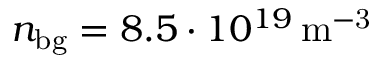
n _ { \mathrm { b g } } = 8 . 5 \cdot 1 0 ^ { 1 9 } \, \mathrm { m ^ { - 3 } }